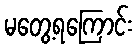
မတွေ့ရကြောင်း